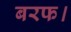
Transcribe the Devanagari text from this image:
बरफ।